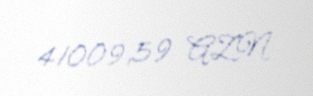
41009,59 AZN